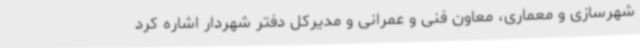
شهرسازی و معماری، معاون فنی و عمرانی و مدیرکل دفتر شهردار اشاره کرد